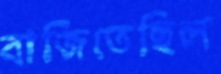
বাজিতেছিল